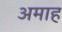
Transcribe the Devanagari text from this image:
अमाह